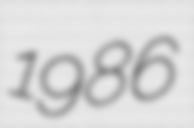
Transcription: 1986